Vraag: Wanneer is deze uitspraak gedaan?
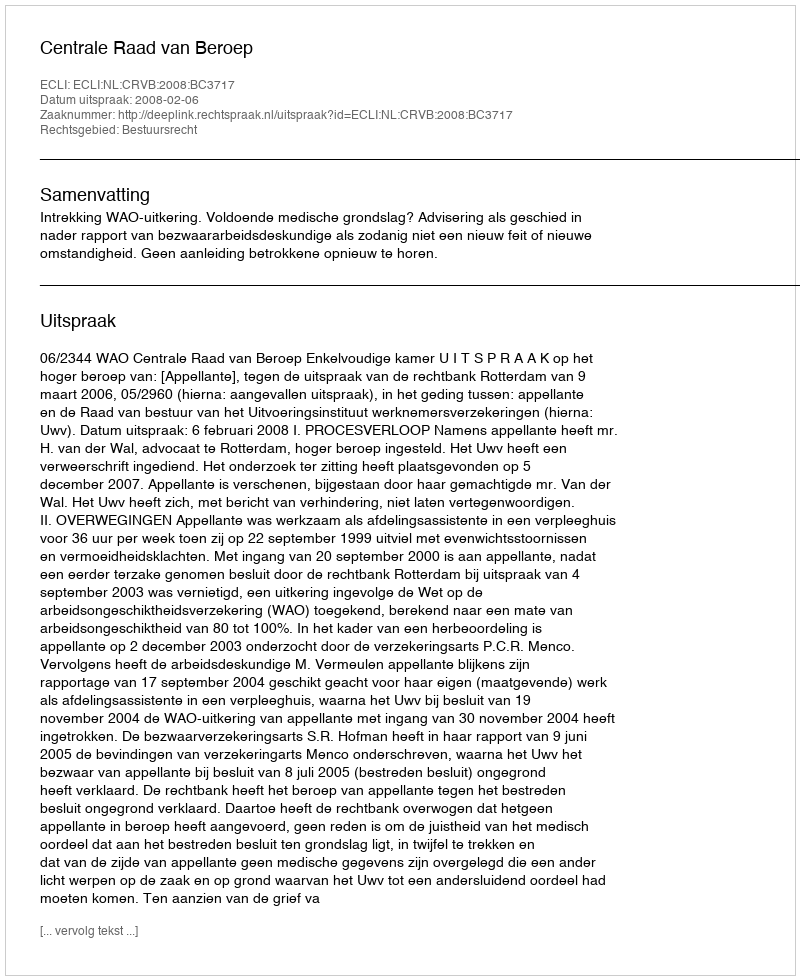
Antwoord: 2008-02-06